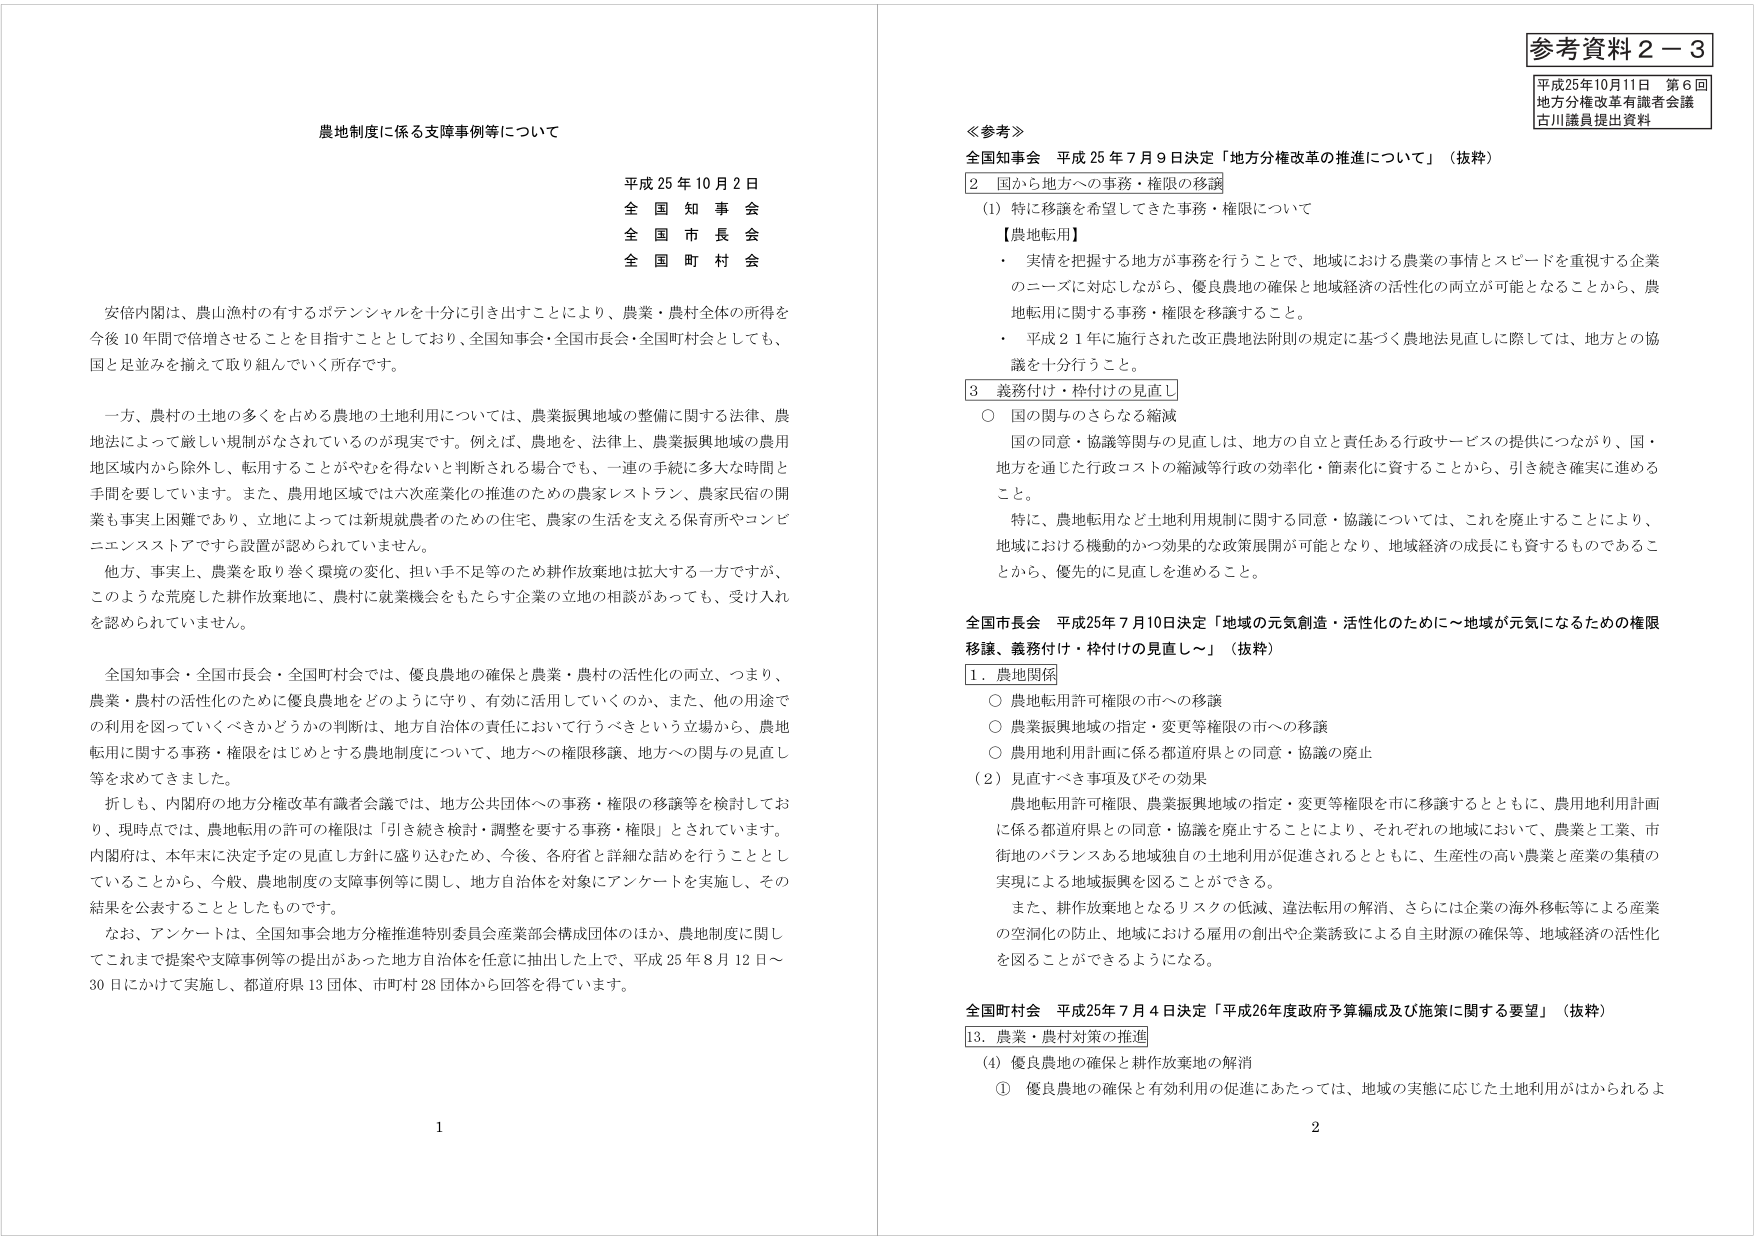
農地制度に係る支障事例等について

平成25年10月2日
全国知事会
全国市長会
全国町村会

安倍内閣は、農山漁村の有するポテンシャルを十分に引き出すことにより、農業・農村全体の所得を今後10年間で倍増させることを目指すこととしており、全国知事会・全国市長会・全国町村会としても、国と足並みを揃えて取り組んでいく所存です。

一方、農村の土地の多くを占める農地の土地利用については、農業振興地域の整備に関する法律、農地法によって厳しい規制がなされているのが現実です。例えば、農地を、法律上、農業振興地域の農用地区域内外から除外し、転用することがやむを得ないと判断される場合でも、一連の手続に多大な時間と手間を要しています。また、農用地区域では六次産業化の推進のための農家レストラン、農家民宿の開業も事実上困難であり、立地によっては新規就農者のための住宅、農家の生活を支える保育所やコンビニエンスストアですら設置が認められていません。

他方、事実上、農業を取り巻く環境の変化、担い手不足等のため耕作放棄地は拡大する一方ですが、このような荒廃した耕作放棄地に、農村に就業機会をもたらす企業の立地の相談があっても、受け入れを認められていません。

全国知事会・全国市長会・全国町村会では、優良農地の確保と農業・農村の活性化の両立、つまり、農業・農村の活性化のために優良農地をどのように守り、有効に活用していくのか、また、他の用途での利用を図っていくべきかどうかの判断は、地方自治体の責任において行うべきという立場から、農地転用に関する事務・権限をはじめとする農地制度について、地方への権限移譲、地方への関与の見直し等を求めてきました。

折しも、内閣府の地方分権改革有識者会議では、地方公共団体への事務・権限の移譲等を検討しており、現時点では、農地転用の許可の権限は「引き続き検討・調整を要する事務・権限」とされています。内閣府は、本年末に決定予定の見直し方針に盛り込むため、今後、各府省と詳細な詰めを行うこととしていることから、今般、農地制度の支障事例等に関して、地方自治体を対象にアンケートを実施し、その結果を公表することとしたものです。

なお、アンケートは、全国知事会地方分権推進特別委員会産業部会構成団体のほか、農地制度に関してこれまで提案や支障事例等の提出があった地方自治体を任意に抽出した上で、平成25年8月12日～30日にかけて実施し、都道府県13団体、市町村28団体から回答を得ています。

---

参考資料2－3
平成25年10月11日 第6回
地方分権改革有識者会議
古川議員提出資料

≪参考≫
全国知事会 平成25年7月9日決定「地方分権改革の推進について」（抜粋）
2 国から地方への事務・権限の移譲
（1）特に移譲を希望してきた事務・権限について
【農地転用】
・ 実情を把握する地方が事務を行うことで、地域における農業の事情とスピードを重視する企業のニーズに対応しながら、優良農地の確保と地域経済の活性化の両立が可能となることから、農地転用に関する事務・権限を移譲すること。
・ 平成21年に施行された改正農地法附則の規定に基づく農地法見直しに際しては、地方との協議を十分行うこと。
3 義務付け・枠付けの見直し
○ 国の関与のさらなる縮減
国の同意・協議等関与の見直しは、地方の自立と責任ある行政サービスの提供につながり、国・地方を通じた行政コストの縮減等行政の効率化・簡素化に資することから、引き続き確実に進める。
特に、農地転用など土地利用規制に関する同意・協議については、これを廃止することにより、地域における機動的かつ効果的な政策展開が可能となり、地域経済の成長にも資するものであることから、優先的に見直しを進めること。

全国市長会 平成25年7月10日決定「地域の元気創造・活性化のために～地域が元気になるための権限移譲、義務付け・枠付けの見直し～」（抜粋）
1．農地関係
○ 農地転用許可権限の市への移譲
○ 農業振興地域の指定・変更等権限の市への移譲
○ 農用地利用計画に係る都道府県との同意・協議の廃止
（2）見直すべき事項及びその効果
農地転用許可権限、農業振興地域の指定・変更等権限を市に移譲するとともに、農用地利用計画に係る都道府県との同意・協議を廃止することにより、それぞれの地域において、農業と工業、市街地のバランスある地域独自の土地利用が促進されるとともに、生産性の高い農業と産業の集積の実現による地域振興を図ることができる。
また、耕作放棄地となるリスクの低減、違法転用の解消、さらには企業の海外移転等による産業の空洞化の防止、地域における雇用の創出や企業誘致による自主財源の確保等、地域経済の活性化を図ることができるようになる。

全国町村会 平成25年7月4日決定「平成26年度政府予算編成及び施策に関する要望」（抜粋）
13．農業・農村対策の推進
（4）優良農地の確保と耕作放棄地の解消
① 優良農地の確保と有効利用の促進にあたっては、地域の実態に応じた土地利用がはかられるよ

1
2